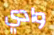
وادي